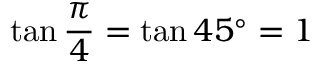
\tan { \frac { \pi } { 4 } } = \tan 4 5 ^ { \circ } = 1